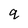
Character: q